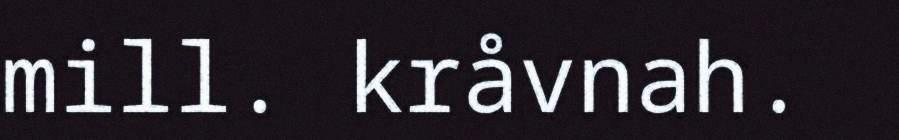
mill. kråvnah.